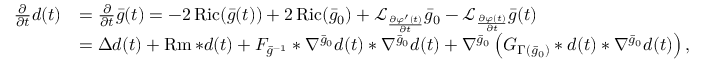
\begin{array} { r l } { \frac { \partial } { \partial t } d ( t ) } & { = \frac { \partial } { \partial t } \bar { g } ( t ) = - 2 \operatorname { R i c } ( \bar { g } ( t ) ) + 2 \operatorname { R i c } ( \bar { g } _ { 0 } ) + \mathcal { L } _ { \frac { \partial \varphi ^ { \prime } ( t ) } { \partial t } } \bar { g } _ { 0 } - \mathcal { L } _ { \frac { \partial \varphi ( t ) } { \partial t } } \bar { g } ( t ) } \\ & { = \Delta d ( t ) + \operatorname { R m } * d ( t ) + F _ { \bar { g } ^ { - 1 } } * \nabla ^ { \bar { g } _ { 0 } } d ( t ) * \nabla ^ { \bar { g } _ { 0 } } d ( t ) + \nabla ^ { \bar { g } _ { 0 } } \left( G _ { \Gamma ( \bar { g } _ { 0 } ) } * d ( t ) * \nabla ^ { \bar { g } _ { 0 } } d ( t ) \right) , } \end{array}